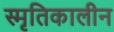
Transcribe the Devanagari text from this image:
स्मृतिकालीन